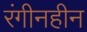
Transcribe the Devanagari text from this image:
रंगीनहीन